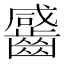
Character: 䶠